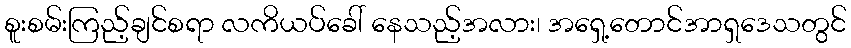
စူးစမ်းကြည့်ချင်စရာ လကိယပ်ခေါ် နေသည့်အလား၊ အရှေ့တောင်အာရှဒေသတွင်